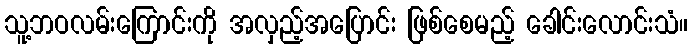
သူ့ဘဝလမ်းကြောင်းကို အလှည့်အပြောင်း ဖြစ်စေမည့် ခေါင်းလောင်းသံ။